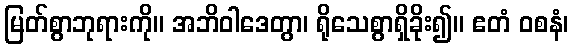
မြတ်စွာဘုရားကို။ အဘိဝါဒေတွာ၊ ရိုသေစွာရှိခိုး၍။ ဧတံ ဝစနံ၊